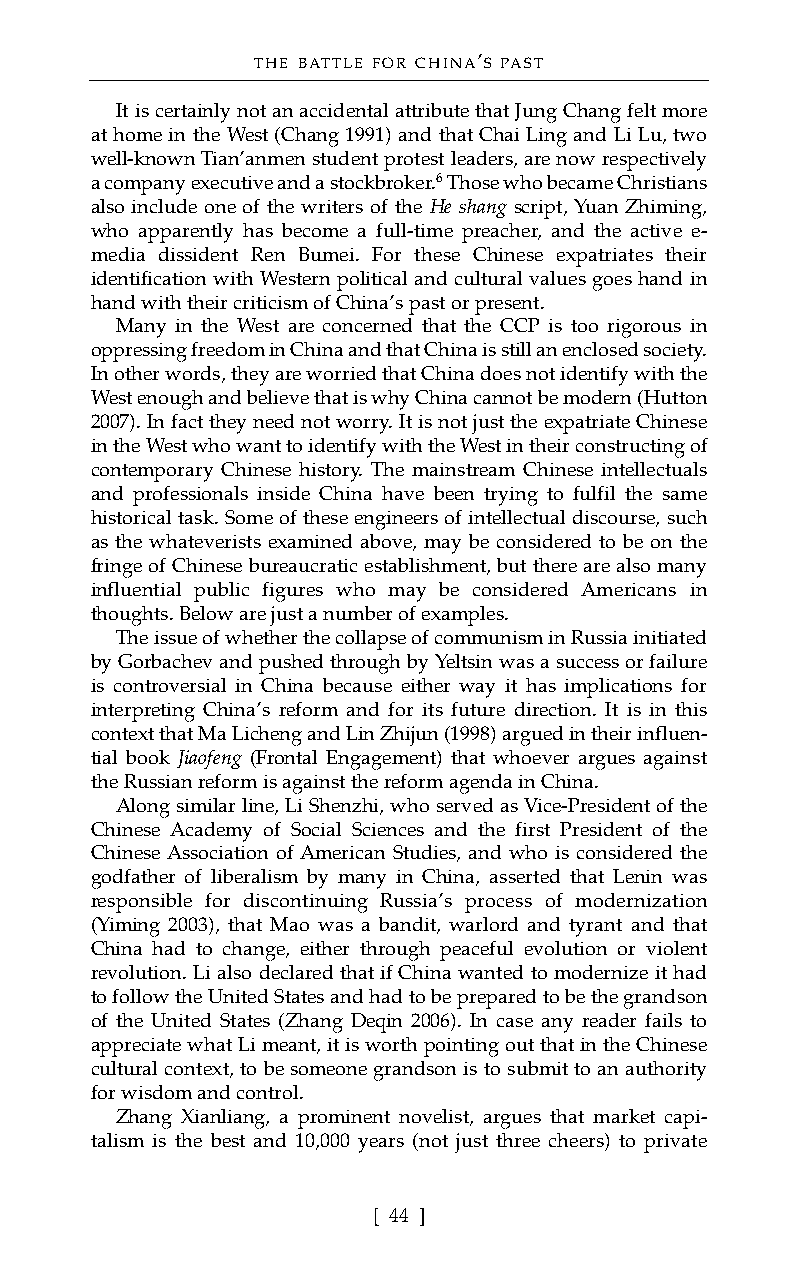
THE BATTLE FOR CHINA’S PAST
 It is certainly not an accidental attribute that Jung Chang felt more
 at home in the West (Chang 1991) and that Chai Ling and Li Lu, two
 well-known Tian’anmen student protest leaders, are now respectively
 a company executive and a stockbroker.6Those who became Christians
 also include one of the writers of the He shang script, Yuan Zhiming,
 who apparently has become a full-time preacher, and the active e-
 media dissident Ren Bumei. For these Chinese expatriates their
 identification with Western political and cultural values goes hand in
 hand with their criticism of China’s past or present.
 Many in the West are concerned that the CCP is too rigorous in
 oppressing freedom in China and that China is still an enclosed society.
 In other words, they are worried that China does not identify with the
 West enough and believe that is why China cannot be modern (Hutton
 2007). In fact they need not worry. It is not just the expatriate Chinese
 in the West who want to identify with the West in their constructing of
 contemporary Chinese history. The mainstream Chinese intellectuals
 and professionals inside China have been trying to fulfil the same
 historical task. Some of these engineers of intellectual discourse, such
 as the whateverists examined above, may be considered to be on the
 fringe of Chinese bureaucratic establishment, but there are also many
 influential public figures who may be considered Americans in
 thoughts. Below are just a number of examples.
 The issue of whether the collapse of communism in Russia initiated
 by Gorbachev and pushed through by Yeltsin was a success or failure
 is controversial in China because either way it has implications for
 interpreting China’s reform and for its future direction. It is in this
 context that Ma Licheng and Lin Zhijun (1998) argued in their influen-
 tial book Jiaofeng (Frontal Engagement) that whoever argues against
 the Russian reform is against the reform agenda in China.
 Along similar line, Li Shenzhi, who served as Vice-President of the
 Chinese Academy of Social Sciences and the first President of the
 Chinese Association of American Studies, and who is considered the
 godfather of liberalism by many in China, asserted that Lenin was
 responsible for discontinuing Russia’s process of modernization
 (Yiming 2003), that Mao was a bandit, warlord and tyrant and that
 China had to change, either through peaceful evolution or violent
 revolution. Li also declared that if China wanted to modernize it had
 to follow the United Statesand hadto be prepared to be the grandson
 of the United States (Zhang Deqin 2006). In case any reader fails to
 appreciate what Li meant, it is worth pointing out that in the Chinese
 cultural context, to be someone grandson is to submit to an authority
 for wisdom and control.
 Zhang Xianliang, a prominent novelist, argues that market capi-
 talism is the best and 10,000 years (not just three cheers) to private
 [ 44 ]